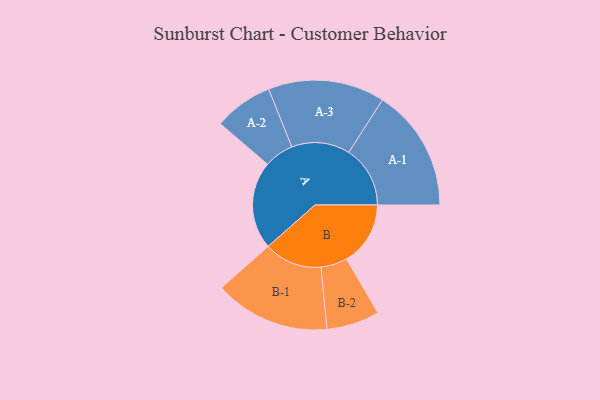
{"axis": {"x": "Segment", "y": "Value"}, "legend": ["", "A", "B"], "data": [{"x": "A", "y": 378, "type": ""}, {"x": "B", "y": 275, "type": ""}, {"x": "A-1", "y": 264, "type": "A"}, {"x": "A-2", "y": 127, "type": "A"}, {"x": "A-3", "y": 251, "type": "A"}, {"x": "B-1", "y": 249, "type": "B"}, {"x": "B-2", "y": 114, "type": "B"}]}